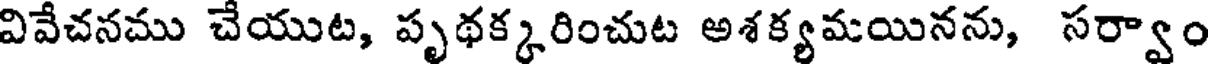
వివేచనము చేయుట, పృథక్కరించుట అశక్యమయినను, సర్వాం